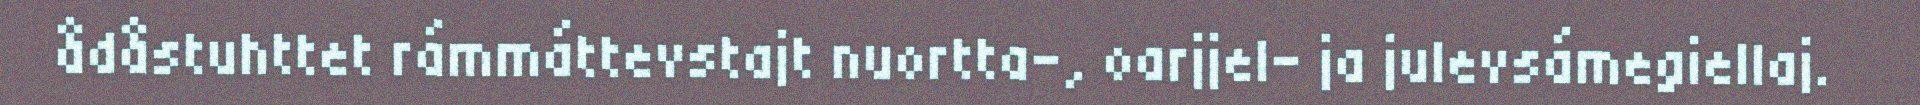
ådåstuhttet rámmáttevstajt nuortta-, oarjjel- ja julevsámegiellaj.